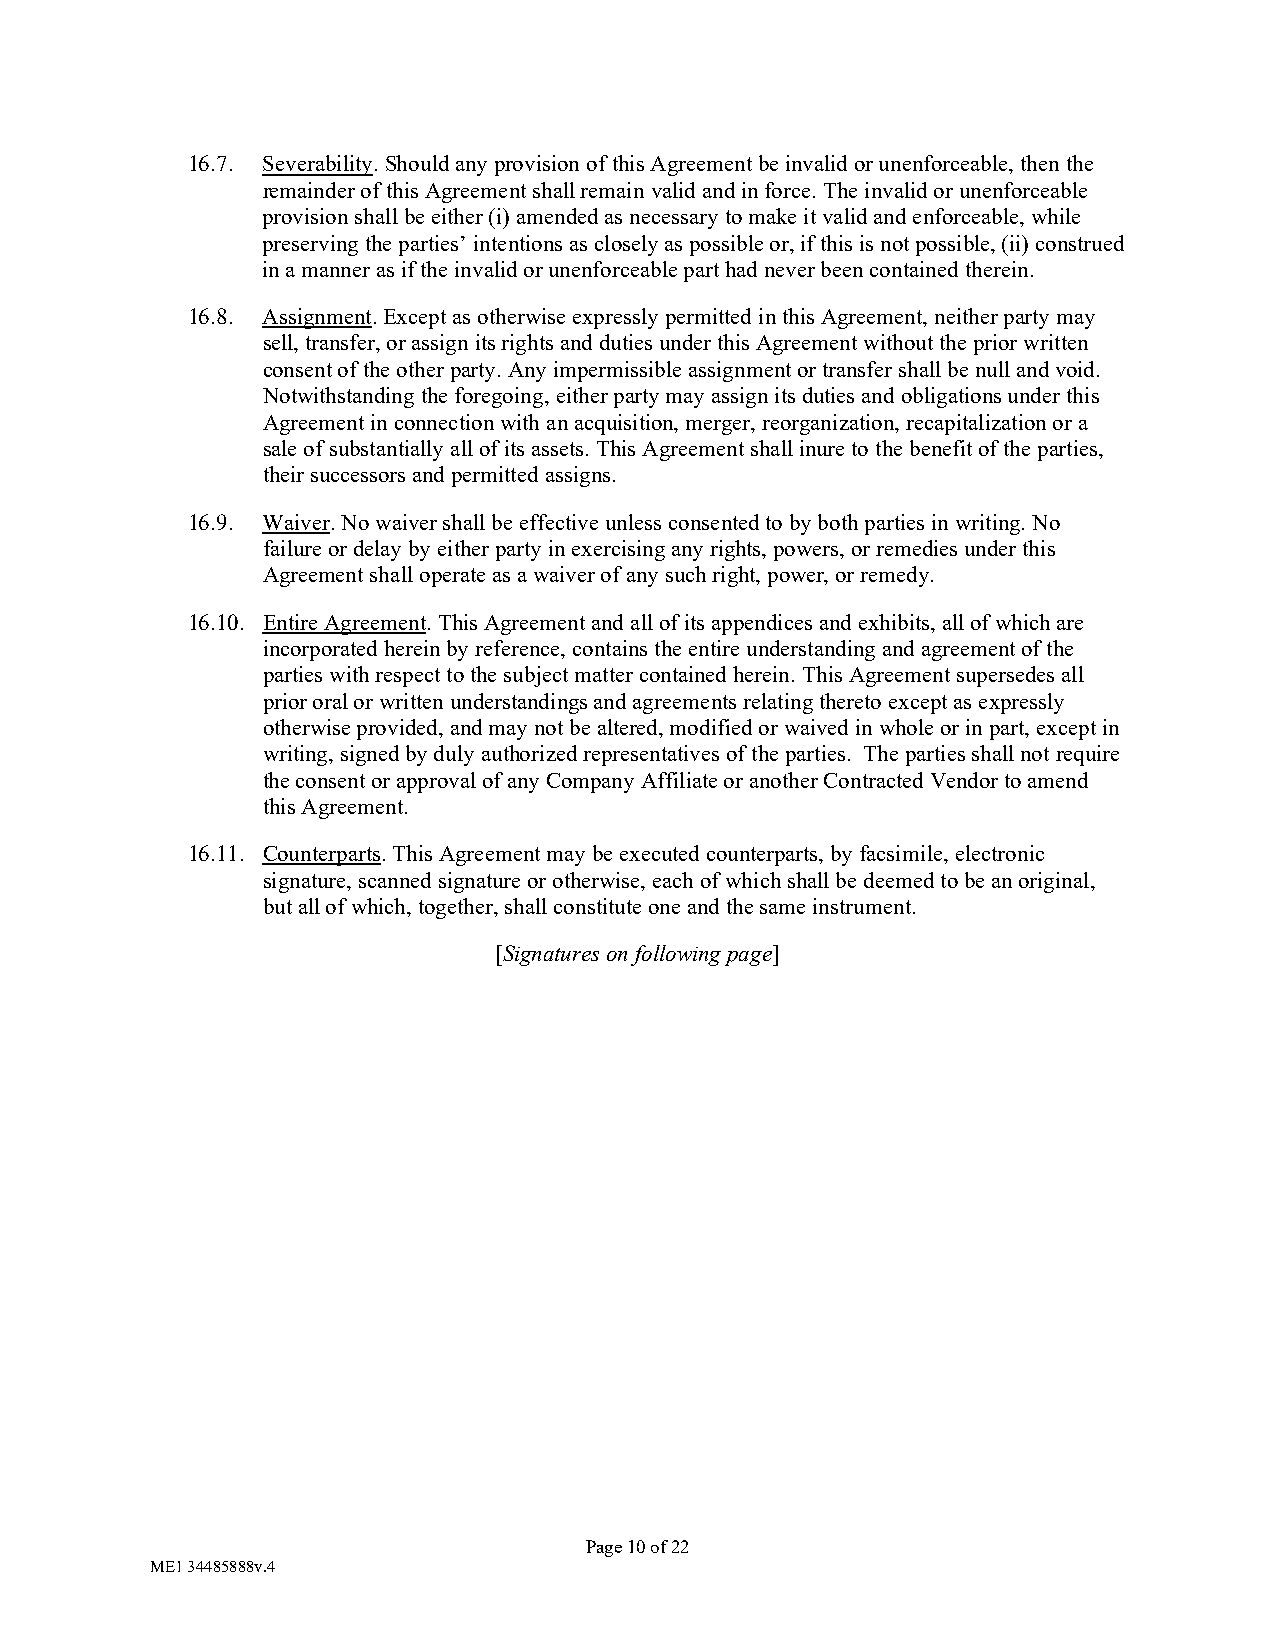
16.7. Severability. Should any provision of this Agreement be invalid or unenforceable, then the
 remainder of this Agreement shall remain valid and in force. The invalid or unenforceable
 provision shall be either (i) amended as necessary to make it valid and enforceable, while
 preserving the parties’ intentions as closely as possible or, if this is not possible, (ii) construed
 in a manner as if the invalid or unenforceable part had never been contained therein.
 16.8. Assignment. Except as otherwise expressly permitted in this Agreement, neither party may
 sell, transfer, or assign its rights and duties under this Agreement without the prior written
 consent of the other party. Any impermissible assignment or transfer shall be null and void.
 Notwithstanding the foregoing, either party may assign its duties and obligations under this
 Agreement in connection with an acquisition, merger, reorganization, recapitalization or a
 sale of substantially all of its assets. This Agreement shall inure to the benefit of the parties,
 their successors and permitted assigns.
 16.9. Waiver. No waiver shall be effective unless consented to by both parties in writing. No
 failure or delay by either party in exercising any rights, powers, or remedies under this
 Agreement shall operate as a waiver of any such right, power, or remedy.
 16.10. Entire Agreement. This Agreement and all of its appendices and exhibits, all of which are
 incorporated herein by reference, contains the entire understanding and agreement of the
 parties with respect to the subject matter contained herein. This Agreement supersedes all
 prior oral or written understandings and agreements relating thereto except as expressly
 otherwise provided, and may not be altered, modified or waived in whole or in part, except in
 writing, signed by duly authorized representatives of the parties. The parties shall not require
 the consent or approval of any Company Affiliate or another Contracted Vendor to amend
 this Agreement.
 16.11. Counterparts. This Agreement may be executed counterparts, by facsimile, electronic
 signature, scanned signature or otherwise, each of which shall be deemed to be an original,
 but all of which, together, shall constitute one and the same instrument.
 [Signatures on following page]
 Page 10 of 22
 ME1 34485888v.4